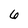
Character: 6